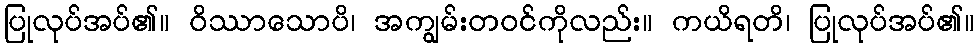
ပြုလုပ်အပ်၏။ ဝိဿာသောပိ၊ အကျွမ်းတဝင်ကိုလည်း။ ကယိရတိ၊ ပြုလုပ်အပ်၏။